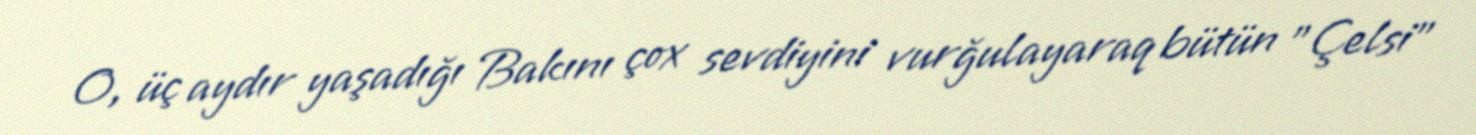
O, üç aydır yaşadığı Bakını çox sevdiyini vurğulayaraq bütün "Çelsi"